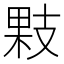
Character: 𢻔